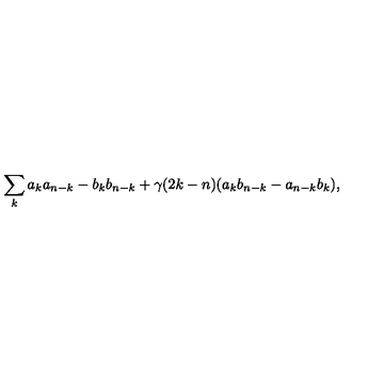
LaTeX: \sum _ { k } a _ { k } a _ { n - k } - b _ { k } b _ { n - k } + \gamma ( 2 k - n ) ( a _ { k } b _ { n - k } - a _ { n - k } b _ { k } ) ,